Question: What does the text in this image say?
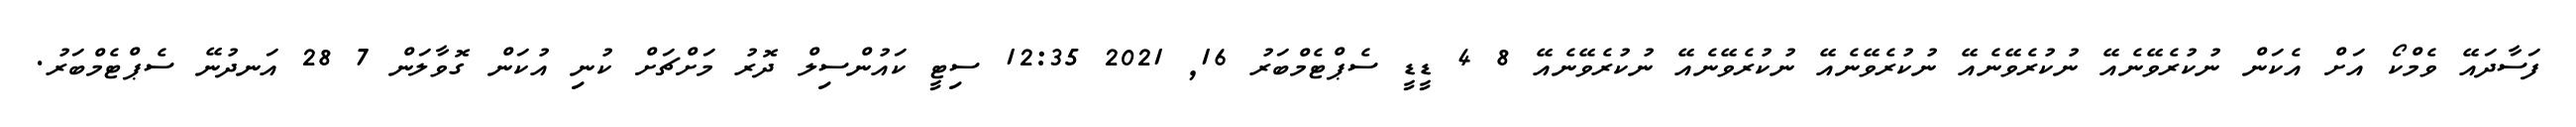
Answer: ފަސާދައޭ ވެމްކޯ އަށް އެކަން ނުކުރެވޭނެއޭ ނުކުރެވޭނެއޭ ނުކުރެވޭނެއޭ ނުކުރެވޭނެއޭ ނުކުރެވޭނެއޭ 8 4 ޑީޑީ ސެޕްޓެމްބަރު 16, 2021 12:35 ސިޓީ ކައުންސިލް ދޮރު މަށްޗަށް ކުނި އުކަން ގޮވާލަން 7 28 އަނދުނޭ ސެޕްޓެމްބަރު.